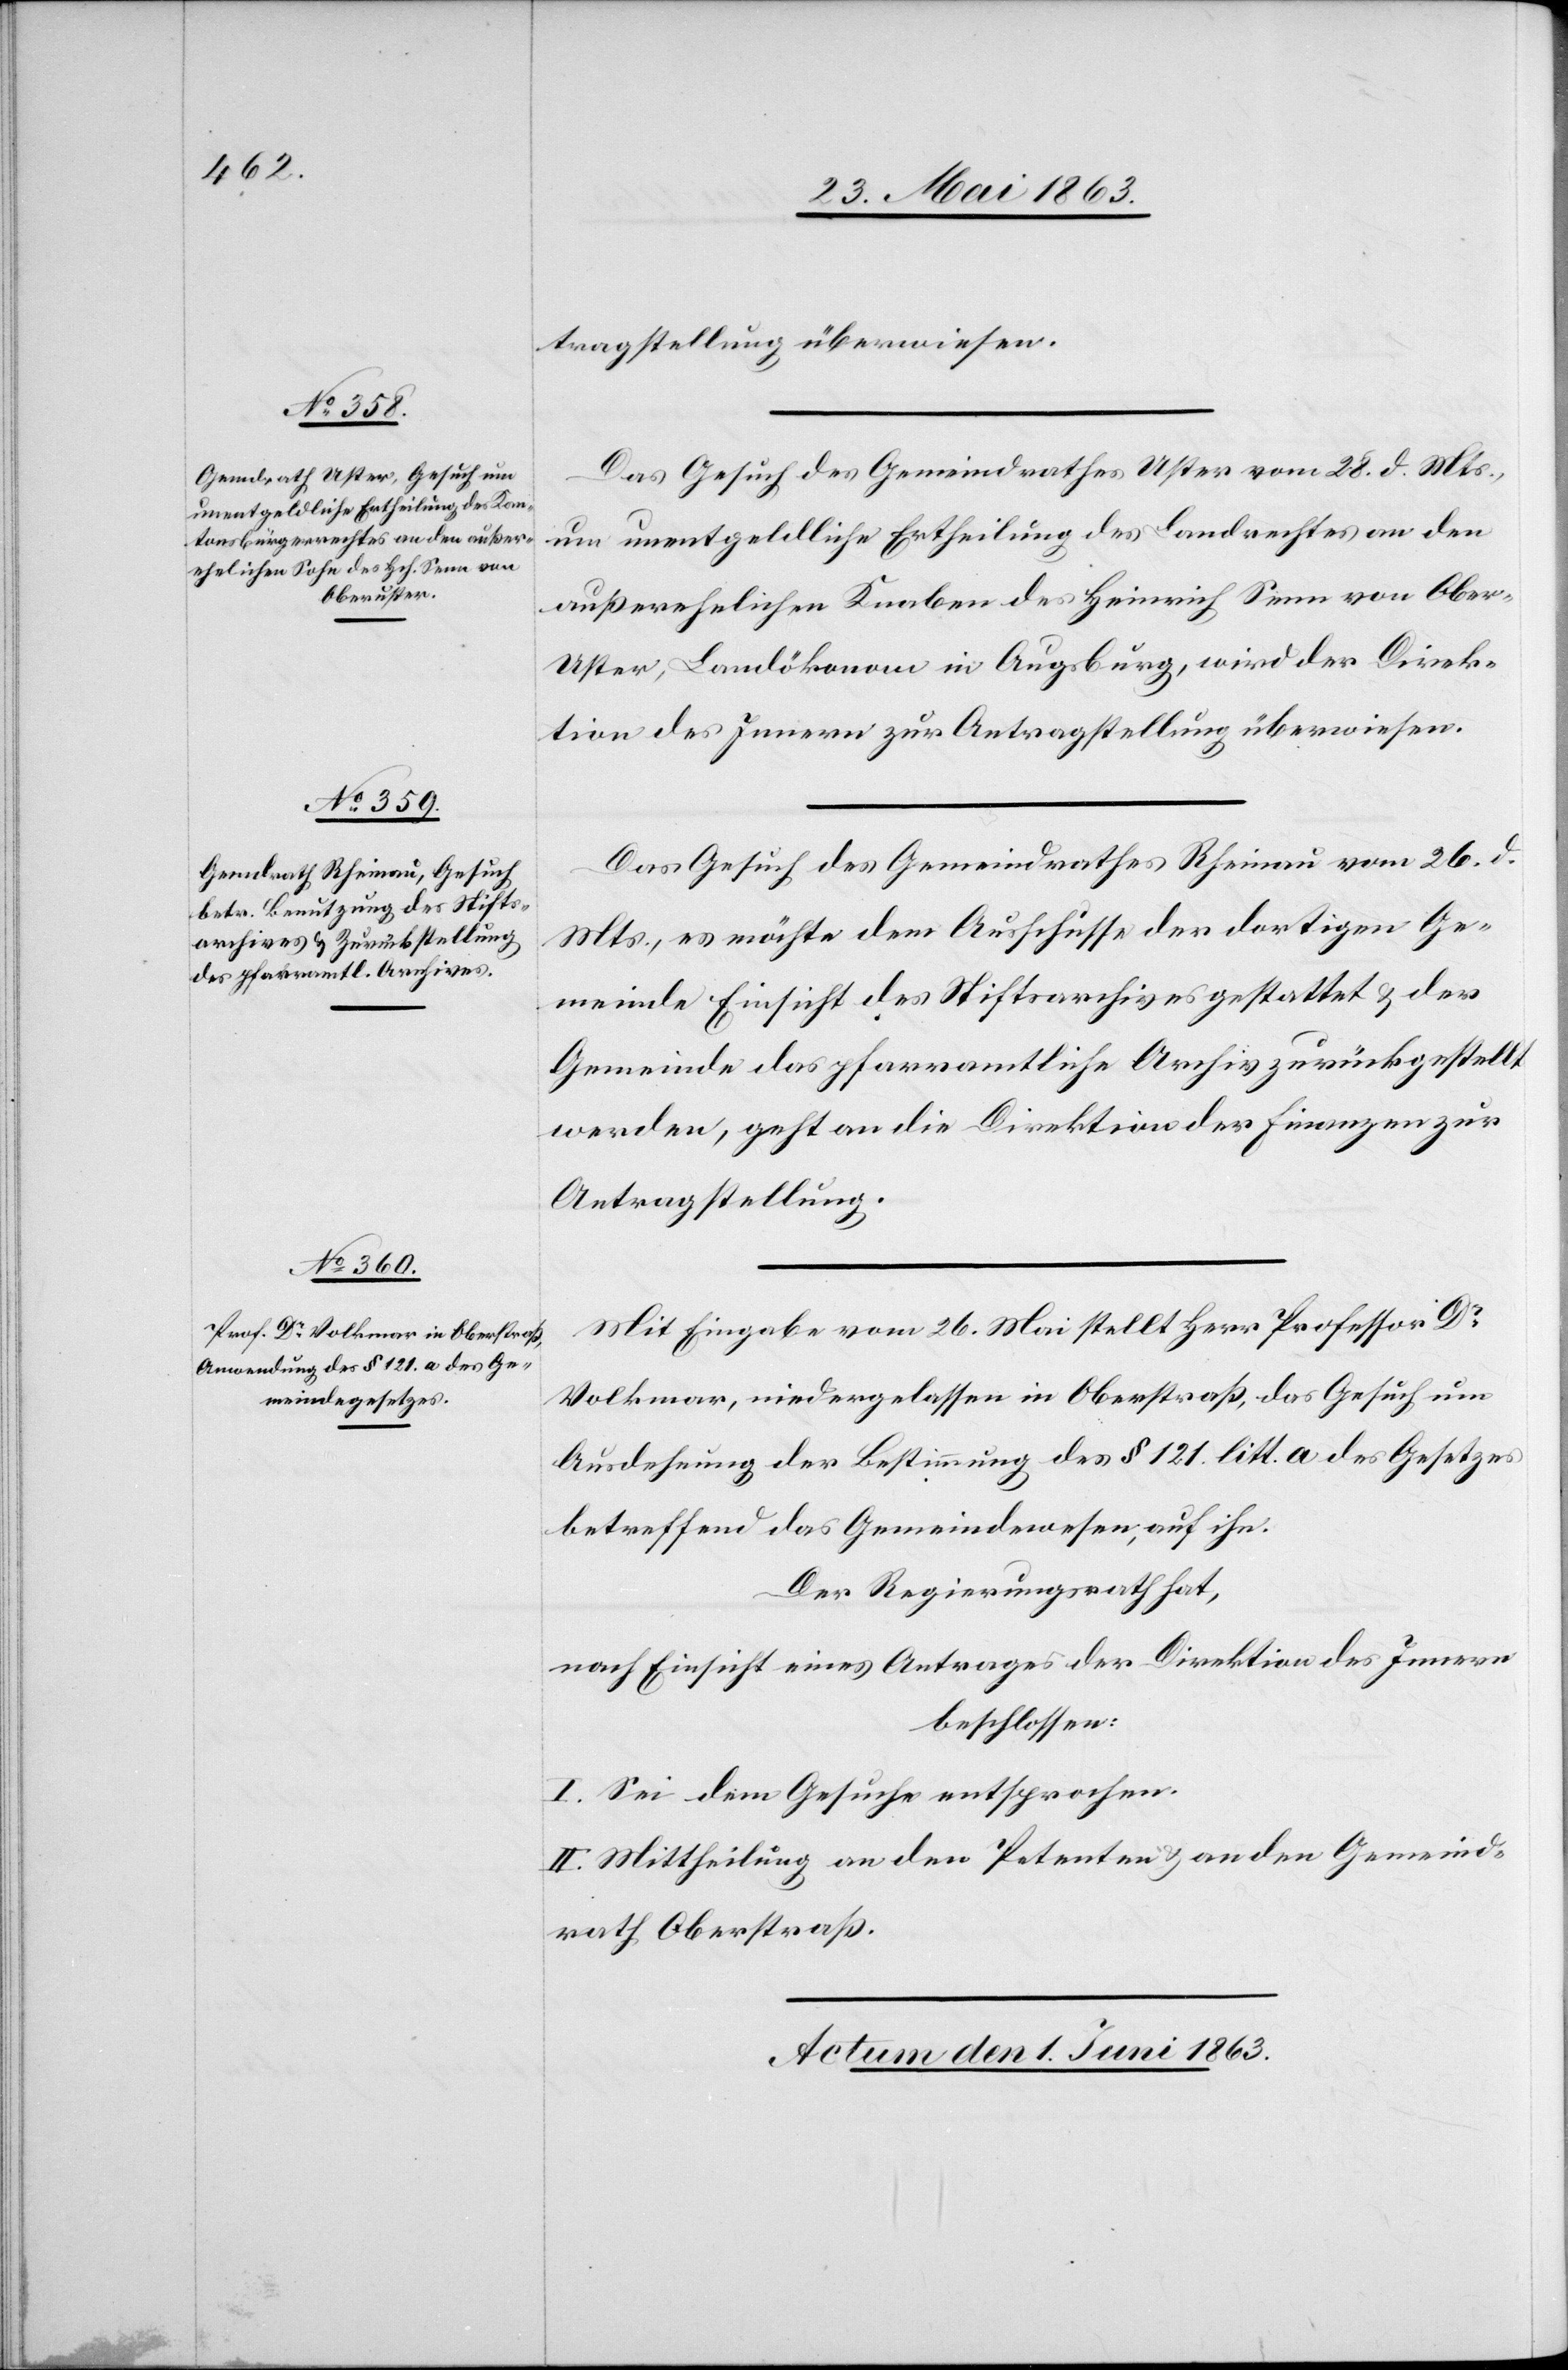
30. Mai 1863.]
tragstellung überwiesen.
Das Gesuch des Gemeindrathes Uster vom 28. d. Mts.,
um unentgeldliche Ertheilung des Landrechtes an den
außerehelichen Knaben des Heinrich Senn von Ober-U¬
ster, Landökonom in Augsburg, wird der Direk¬
tion des Innern zur Antragstellung überwiesen.
Das Gesuch des Gemeindrathes Rheinau vom 26. d.
Mts., es möchte dem Ausschusse der dortigen Ge¬
meinde Einsicht des Stiftsarchives gestattet & der
Gemeinde das pfarramtliche Archiv zurückgestellt
werden, geht an die Direktion der Finanzen zur
Antragstellung.
Mit Eingabe vom 26. Mai stellt Herr Professor Dr
Volkmar, niedergelassen in Oberstraß, das Gesuch um
Ausdehnung der Bestimmung des § 121. litt. a des Gesetzes
betreffend das Gemeindewesen, auf ihn.
Der Regierungsrath hat,
nach Einsicht eines Antrages der Direktion des Innern
beschlossen:
I. Sei dem Gesuche entsprochen.
II. Mittheilung an den Petenten & an den Gemeind¬
rath Oberstraß.
Actum den 1. Juni 1863.